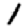
Digit: 1